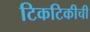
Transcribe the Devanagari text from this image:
टिकटिकीची